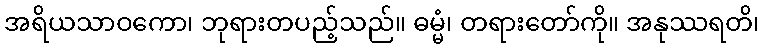
အရိယသာဝကော၊ ဘုရားတပည့်သည်။ ဓမ္မံ၊ တရားတော်ကို။ အနုဿရတိ၊